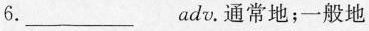
6.___adv.通常地；一般地